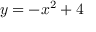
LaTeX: y = - x ^ { 2 } + 4